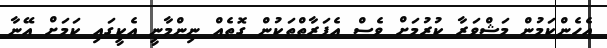
އެހެންކަމުން މަޝްވަރާ ކުރުމަށް ވެސް އެފަރާތްތަކުން ގޮތެއް ނިންމާނީ އެކީގައި ކަމަށް އޭނާ